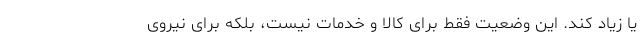
یا زیاد کند. این وضعیت فقط برای کالا و خدمات نیست، بلکه برای نیروی